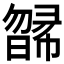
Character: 𣊸